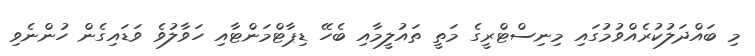
މި ބައްދަލުކުރެއްވުމުގައި މިނިސްޓްރީގެ މަތީ ތައުލީމާއި ބެހޭ ޑިޕާޓްމަންޓާއި ހަވާލުވެ ވަޑައިގެން ހުންނެވި